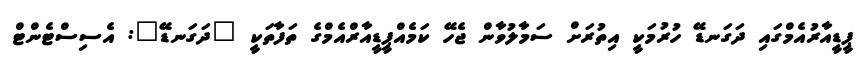
ޕީޑީއާރުއެމްގައި ދަގަނޑޭ ހުރުމަކީ އިތުރަށް ސަމާލުވާން ޖެހޭ ކަމެއްޕީޑީއާރްއެމްގެ ތަފާތަކީ "ދަގަނޑޭ": އެސިސްޓެންޓް